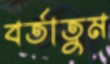
বর্তাতুম